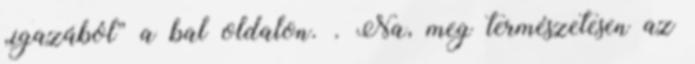
„igazából” a bal oldalon. . Na, meg természetesen az